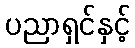
ပညာရှင်နှင့်